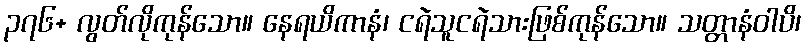
၃၇၆+ လွတ်လိုကုန်သော။ နေရယိကာနံ၊ ငရဲသူငရဲသားဖြစ်ကုန်သော။ သတ္တာနံဝါပိ၊